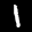
Label: 1